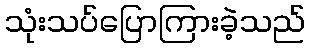
သုံးသပ်ပြောကြားခဲ့သည်